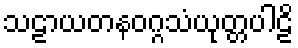
သဠာယတနဝဂ္ဂသံယုတ္တပါဠိ